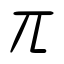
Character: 兀